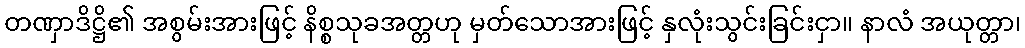
တဏှာဒိဋ္ဌိ၏ အစွမ်းအားဖြင့် နိစ္စသုခအတ္တဟု မှတ်သောအားဖြင့် နှလုံးသွင်းခြင်းငှာ။ နာလံ အယုတ္တာ၊